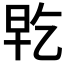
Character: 𭥡